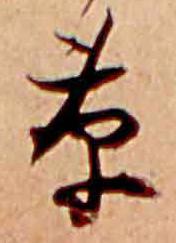
草